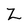
Character: Z